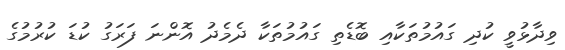
ވިދާޅުވީ ކުދި ގައުމުތަކާއި ބޮޑެތި ގައުމުތަކާ ދެމެދު އޮންނަ ފަރަގު ކުޑަ ކުރުމުގެ